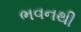
ભવનથી